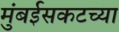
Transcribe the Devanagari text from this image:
मुंबईसकटच्या